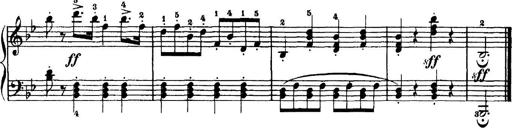
Title: 7 Sonatinas
Composer: Anton Diabelli